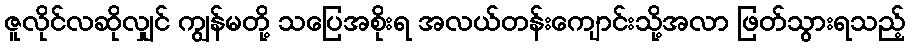
ဇူလိုင်လဆိုလျှင် ကျွန်မတို့ သပြေအစိုးရ အလယ်တန်းကျောင်းသို့အလာ ဖြတ်သွားရသည့်